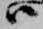
ハ